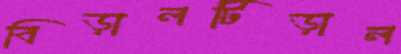
বিড়ালটিড়াল